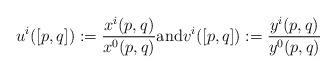
LaTeX: \begin{align*} u^i([p, q]) := \frac{x^i(p, q)}{x^0(p, q)} \textrm{and} v^i([p, q]) := \frac{y^i(p, q)}{y^0(p, q)}\end{align*}